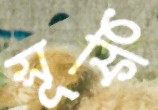
সূফি